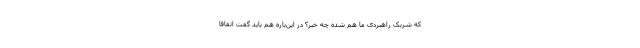
که شریک راهبردی ما هم شده چه خبر؟ در این‌باره هم باید گفت اتفاقا